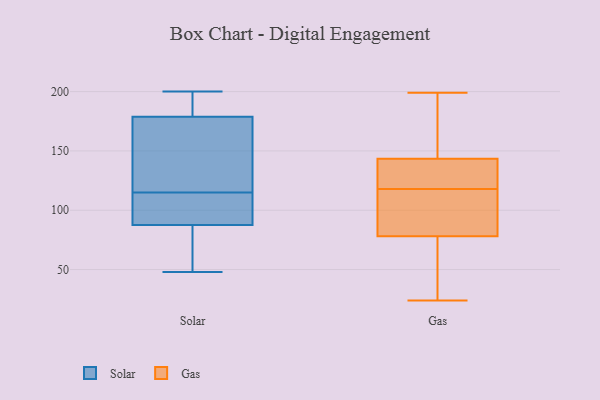
{"axis": {"x": "Bounce Rate (%)", "y": "Value"}, "legend": ["Gas", "Solar"], "data": [{"x": "", "y": 48, "type": "Solar"}, {"x": "", "y": 194, "type": "Solar"}, {"x": "", "y": 83, "type": "Solar"}, {"x": "", "y": 89, "type": "Solar"}, {"x": "", "y": 200, "type": "Solar"}, {"x": "", "y": 99, "type": "Solar"}, {"x": "", "y": 175, "type": "Solar"}, {"x": "", "y": 66, "type": "Solar"}, {"x": "", "y": 190, "type": "Solar"}, {"x": "", "y": 140, "type": "Solar"}, {"x": "", "y": 112, "type": "Solar"}, {"x": "", "y": 155, "type": "Solar"}, {"x": "", "y": 115, "type": "Solar"}, {"x": "", "y": 120, "type": "Gas"}, {"x": "", "y": 174, "type": "Gas"}, {"x": "", "y": 142, "type": "Gas"}, {"x": "", "y": 145, "type": "Gas"}, {"x": "", "y": 24, "type": "Gas"}, {"x": "", "y": 116, "type": "Gas"}, {"x": "", "y": 112, "type": "Gas"}, {"x": "", "y": 39, "type": "Gas"}, {"x": "", "y": 199, "type": "Gas"}, {"x": "", "y": 44, "type": "Gas"}, {"x": "", "y": 114, "type": "Gas"}, {"x": "", "y": 136, "type": "Gas"}]}